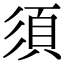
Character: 須